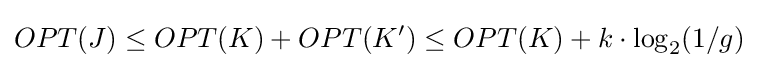
OPT(J)\leq OPT(K)+OPT(K')\leq OPT(K)+k\cdot \log _{2}(1/g)